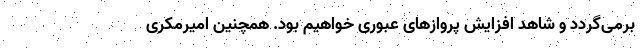
برمی‌گردد و شاهد افزایش پروازهای عبوری خواهیم بود. همچنین امیرمکری